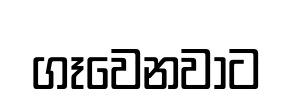
ගෑවෙනවාට